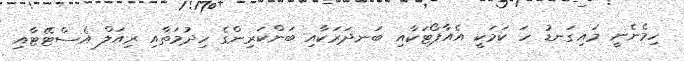
ހިމެނެނީ މައިގަނޑު ހަ ކަމަކީ އެއާޕޯޓަކާއި ބަނދަރަކާއި ބަންކަރިންގެ ހިދުމަތާއި ރިއަލް އެސްޓޭޓާއި